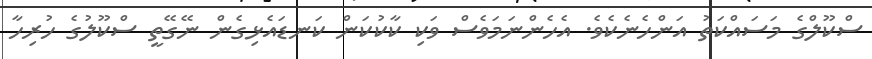
ސްކޫލްގެ މަސައްކަތު އަންހެނެކެވެ. އެހެންނަމަވެސް ވަކި ކާކުކަން ކަނޑައެޅިގެން ނޭގޭތީ ސްކޫލުގެ ހުރިހާ